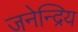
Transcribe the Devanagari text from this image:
जनेन्द्रिय